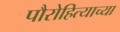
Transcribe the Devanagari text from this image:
पौरोहित्याच्या